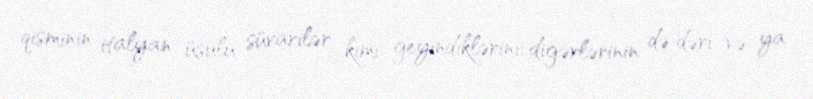
qisminin italyan üsulu süvarilər kimi geyindiklərini, digərlərinin də dəri və ya